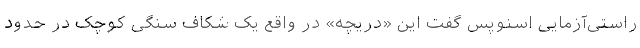
راستی‌آزمایی اسنوپس گفت این «دریچه» در واقع یک شکاف سنگی کوچک در حدود